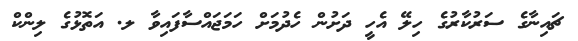
ޗައިނާގެ ސަރުކާރުގެ ހިލޭ އެހީ ދަށުން ހެދުމަށް ހަމަޖައްސާފައިވާ ލ. އަތޮޅުގެ ލިންކް